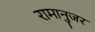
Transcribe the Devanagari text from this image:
रामानुजर